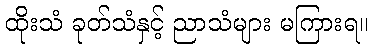
ထိုးသံ ခုတ်သံနှင့် ညာသံများ မကြားရ။